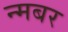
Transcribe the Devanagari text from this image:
न्मबर